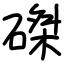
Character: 磔